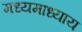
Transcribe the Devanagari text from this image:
मध्यमाध्याय